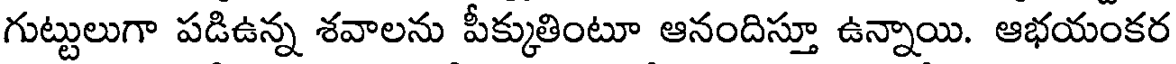
గుట్టులుగా పడిఉన్న శవాలను పీక్కుతింటూ ఆనందిస్తూ ఉన్నాయి. ఆభయంకర